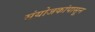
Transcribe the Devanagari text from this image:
संयोजकांपासून